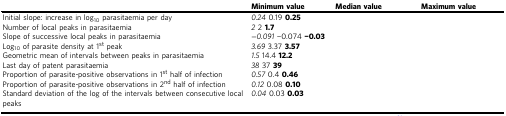
<table><thead><tr><td>[EMPTY_CELL]</td><td><b>Minimum value</b></td><td><b>Median value</b></td><td><b>Maximum value</b></td></tr></thead><tbody><tr><td>Initial slope: increase in log<sub>10</sub> parasitaemia per day</td><td><i>0.24</i> 0.19 <b>0.25</b></td><td>[EMPTY_CELL]</td><td>[EMPTY_CELL]</td></tr><tr><td>Number of local peaks in parasitaemia</td><td><i>2</i> 2 <b>1.7</b></td><td>[EMPTY_CELL]</td><td>[EMPTY_CELL]</td></tr><tr><td>Slope of successive local peaks in parasitaemia</td><td><i>−0.091</i> −0.074 <b>−0.03</b></td><td>[EMPTY_CELL]</td><td>[EMPTY_CELL]</td></tr><tr><td>Log<sub>10</sub> of parasite density at 1<sup>st</sup> peak</td><td><i>3.69</i> 3.37 <b>3.57</b></td><td>[EMPTY_CELL]</td><td>[EMPTY_CELL]</td></tr><tr><td>Geometric mean of intervals between peaks in parasitaemia</td><td><i>1.5</i> 14.4 <b>12.2</b></td><td>[EMPTY_CELL]</td><td>[EMPTY_CELL]</td></tr><tr><td>Last day of patent parasitaemia</td><td><i>38</i> 37 <b>39</b></td><td>[EMPTY_CELL]</td><td>[EMPTY_CELL]</td></tr><tr><td>Proportion of parasite-positive observations in 1<sup>st</sup> half of infection</td><td><i>0.57</i> 0.4 <b>0.46</b></td><td>[EMPTY_CELL]</td><td>[EMPTY_CELL]</td></tr><tr><td>Proportion of parasite-positive observations in 2<sup>nd</sup> half of infection</td><td><i>0.12</i> 0.08 <b>0.10</b></td><td>[EMPTY_CELL]</td><td>[EMPTY_CELL]</td></tr><tr><td>Standard deviation of the log of the intervals between consecutive local peaks</td><td><i>0.04</i> 0.03 <b>0.03</b></td><td>[EMPTY_CELL]</td><td>[EMPTY_CELL]</td></tr></tbody></table>